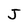
Character: J